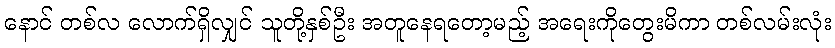
နောင် တစ်လ လောက်ရှိလျှင် သူတို့နှစ်ဦး အတူနေရတော့မည့် အရေးကိုတွေးမိကာ တစ်လမ်းလုံး